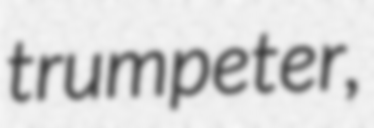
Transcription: trumpeter,